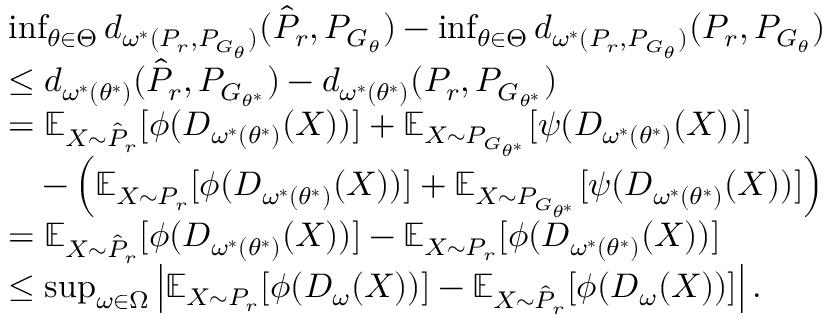
\begin{array} { r l } & { \operatorname* { i n f } _ { \theta \in \Theta } d _ { \omega ^ { * } ( P _ { r } , P _ { G _ { { \theta } } } ) } ( \hat { P } _ { r } , P _ { G _ { \theta } } ) - \operatorname* { i n f } _ { \theta \in \Theta } d _ { \omega ^ { * } ( P _ { r } , P _ { G _ { { \theta } } } ) } ( P _ { r } , P _ { G _ { \theta } } ) } \\ & { \le d _ { \omega ^ { * } ( \theta ^ { * } ) } ( \hat { P } _ { r } , P _ { G _ { \theta ^ { * } } } ) - d _ { \omega ^ { * } ( \theta ^ { * } ) } ( P _ { r } , P _ { G _ { \theta ^ { * } } } ) } \\ & { = \mathbb { E } _ { X \sim \hat { P } _ { r } } [ \phi ( D _ { \omega ^ { * } ( { \theta } ^ { * } ) } ( X ) ) ] + \mathbb { E } _ { X \sim P _ { G _ { { \theta } ^ { * } } } } [ \psi ( D _ { \omega ^ { * } ( { \theta } ^ { * } ) } ( X ) ) ] } \\ & { \quad - \left( \mathbb { E } _ { X \sim { P } _ { r } } [ \phi ( D _ { \omega ^ { * } ( { \theta } ^ { * } ) } ( X ) ) ] + \mathbb { E } _ { X \sim P _ { G _ { { \theta } ^ { * } } } } [ \psi ( D _ { \omega ^ { * } ( { \theta } ^ { * } ) } ( X ) ) ] \right) } \\ & { = \mathbb { E } _ { X \sim \hat { P } _ { r } } [ \phi ( D _ { \omega ^ { * } ( { \theta } ^ { * } ) } ( X ) ) ] - \mathbb { E } _ { X \sim { P } _ { r } } [ \phi ( D _ { \omega ^ { * } ( { \theta } ^ { * } ) } ( X ) ) ] } \\ & { \le \operatorname* { s u p } _ { \omega \in \Omega } \left| \mathbb { E } _ { X \sim P _ { r } } [ \phi ( D _ { \omega } ( X ) ) ] - \mathbb { E } _ { X \sim \hat { P } _ { r } } [ \phi ( D _ { \omega } ( X ) ) ] \right| . } \end{array}